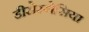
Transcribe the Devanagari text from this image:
डीसेस्थेसिया